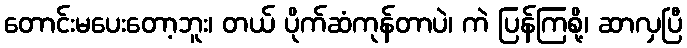
တောင်းမပေးတော့ဘူး၊ တယ် ပိုက်ဆံကုန်တာပဲ၊ ကဲ ပြန်ကြစို့၊ ဆာလှပြီ